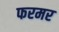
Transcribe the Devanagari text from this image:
फरमर